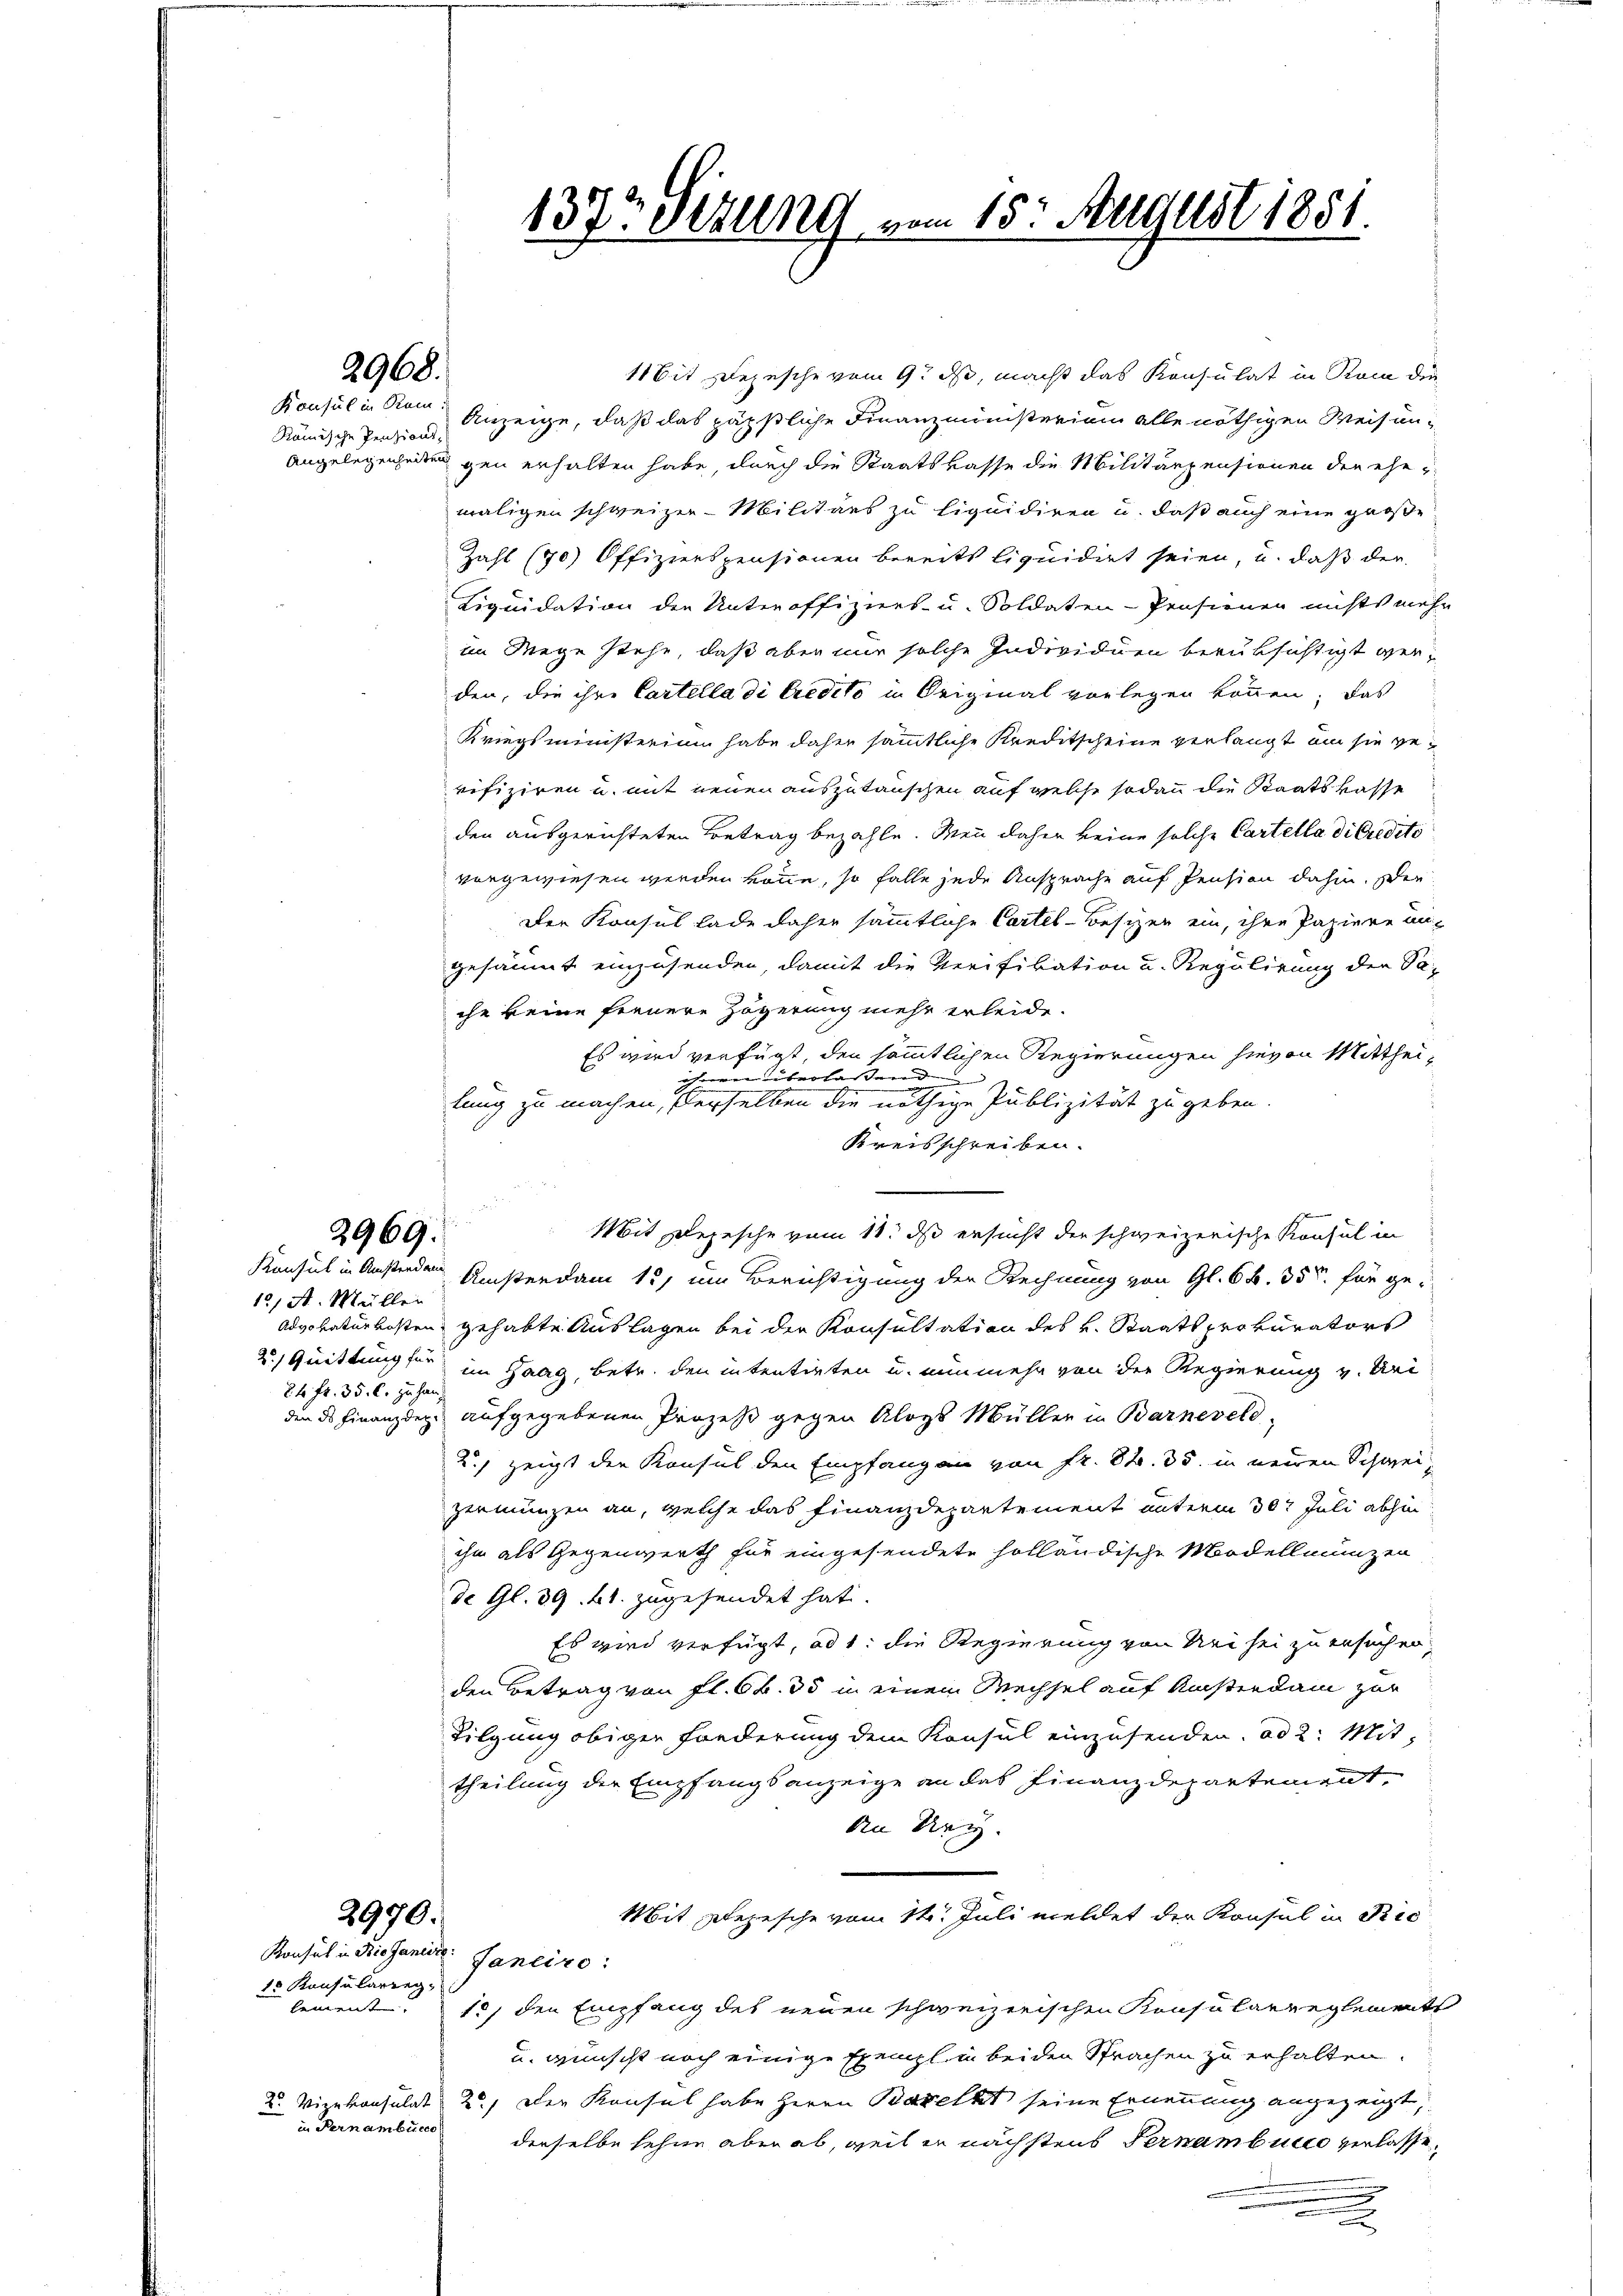
2969:

2968.

Konsul in Rem
Rämische Penzions¬

12, A. Müllen
84 Fr. 35. l. zu handen des Finanzdep

2970.

15 Konsularieg,
in Fernambucce

1it Depesche vom 9. ds, macht das Konsulat in Rom die
Anzeige, daß das päpstliche Finanzministerium alle nöthigen Weisun¬
Angelegenheiten gen erhalten habe, durch die Staatskasse die Militärpensionen der ehe
maligen schweizer-Militärs zu liquidiren u. daß auch eine große
Zahl (70) Offizierspensionen bereits liquidirt seien, u. daß der
Liquidation der Unteroffiziers- u. Soldaten-Pensionen nichts mehr
im Wege stehe, daß aber nur solche Individuen berüksichtigt werden, die ihre Cartella di Credito in Original vorlegen können; das
Kriegsministerium habe daher sämmtliche Kreditscheine verlangt um sie gerifiziren u. mit neuen auszutauschen auf welche sodann die Staatskasse
den ausgerichteten Betrag bezahle. Wenn daher keine solche Cartella di credito
vorgewiesen werden könne, so falle jede Ansprache auf Pension dahin. Den
Der Konsul lade daher sämmtliche Cartel-Besizen ein, ihre Papiere angesäumt einzusenden, damit die Verifikation u. Regulirung der Sache keine fernere Zögerung mehr erleide.
Es wird verfügt, den sämmtlichen Regierungen hievon Mittheiihnen überlassernden
lung zu machen, derselben die nöthige Publizität zu geben.
Kreisschreiben.
Mit Depesche vom 11. ds ersucht der schweizerische Konsul in
Konsul in Ansterden Ansterdam 15. um Berichtigung der Rechnung von Gl. 6 f. 350 für ge¬
Advokaturkosten gehabte Auslagen bei der Konsultation des v. Staats prokurators
2. Quittung für im Haag, betr. den intentirten u. nunmehr von der Regierung v. Uri
aufgegebenen Prozeß gegen Aloys Müller in Barnevel,
2) zeigt der Konsul den Empfang an von Fr. 82. 35. in neuen Schweizermünzen an, welche das Finanzdepartement unterm 30t Juli abhin
ihn als Gegenwerth für eingesendete holländische Modellmunzen
de Gl. 39. 61. zugesendet hat.
Es wird verfügt, ad 1. die Regierung von Nei sei zu ersuchen,
den Betrag von fl. 6 f. 35 in einem Wechsel auf Ansterdam zur
Tilgung obiger Forderung dem Konsul einzusenden. ad 2. Mittheilung der Empfangsanzeige an das Finanzdepartement
An Uri.
Mit alezische vom 14. Juli meldet der Konsul in Prie
Konsul in Dissaniere Janeiro
lement. 10, den Empfang des neuen schweizerischen Konsularreglement
u. wünscht noch einige Exempl. in beiden Sprachen zu erhalten.
2. Vizekonsulat 2.) Der Konsul habe Herrn Baselst seine Ernennung angezeigt,
denselbe sehne aber ab, weil er nächstens Fernembucco verlasse,

137 etzung vom 15t August 1851.